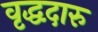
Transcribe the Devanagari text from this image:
वृद्धदारु